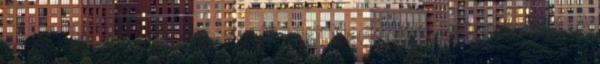
éves volt a Kossuth- és Jászai Mari-díjas színművész. A